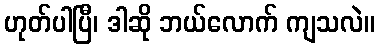
ဟုတ်ပါပြီ၊ ဒါဆို ဘယ်လောက် ကျသလဲ။